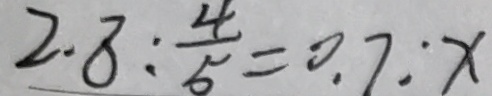
2 . 8 : \frac { 4 } { 5 } = 0 . 7 : x